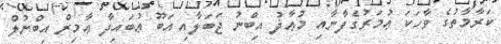
ކަރާމާތުގެ ވާހަކަ ޢުމަރުގެފާނާއި މުޢާޛު އިބްނު ޖަބަލާއި އަބޫ ޢުބައިދާ ޢާމިރް އިބްނުލް